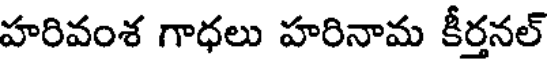
హరివంశ గాధలు హరినామ కీర్తనల్